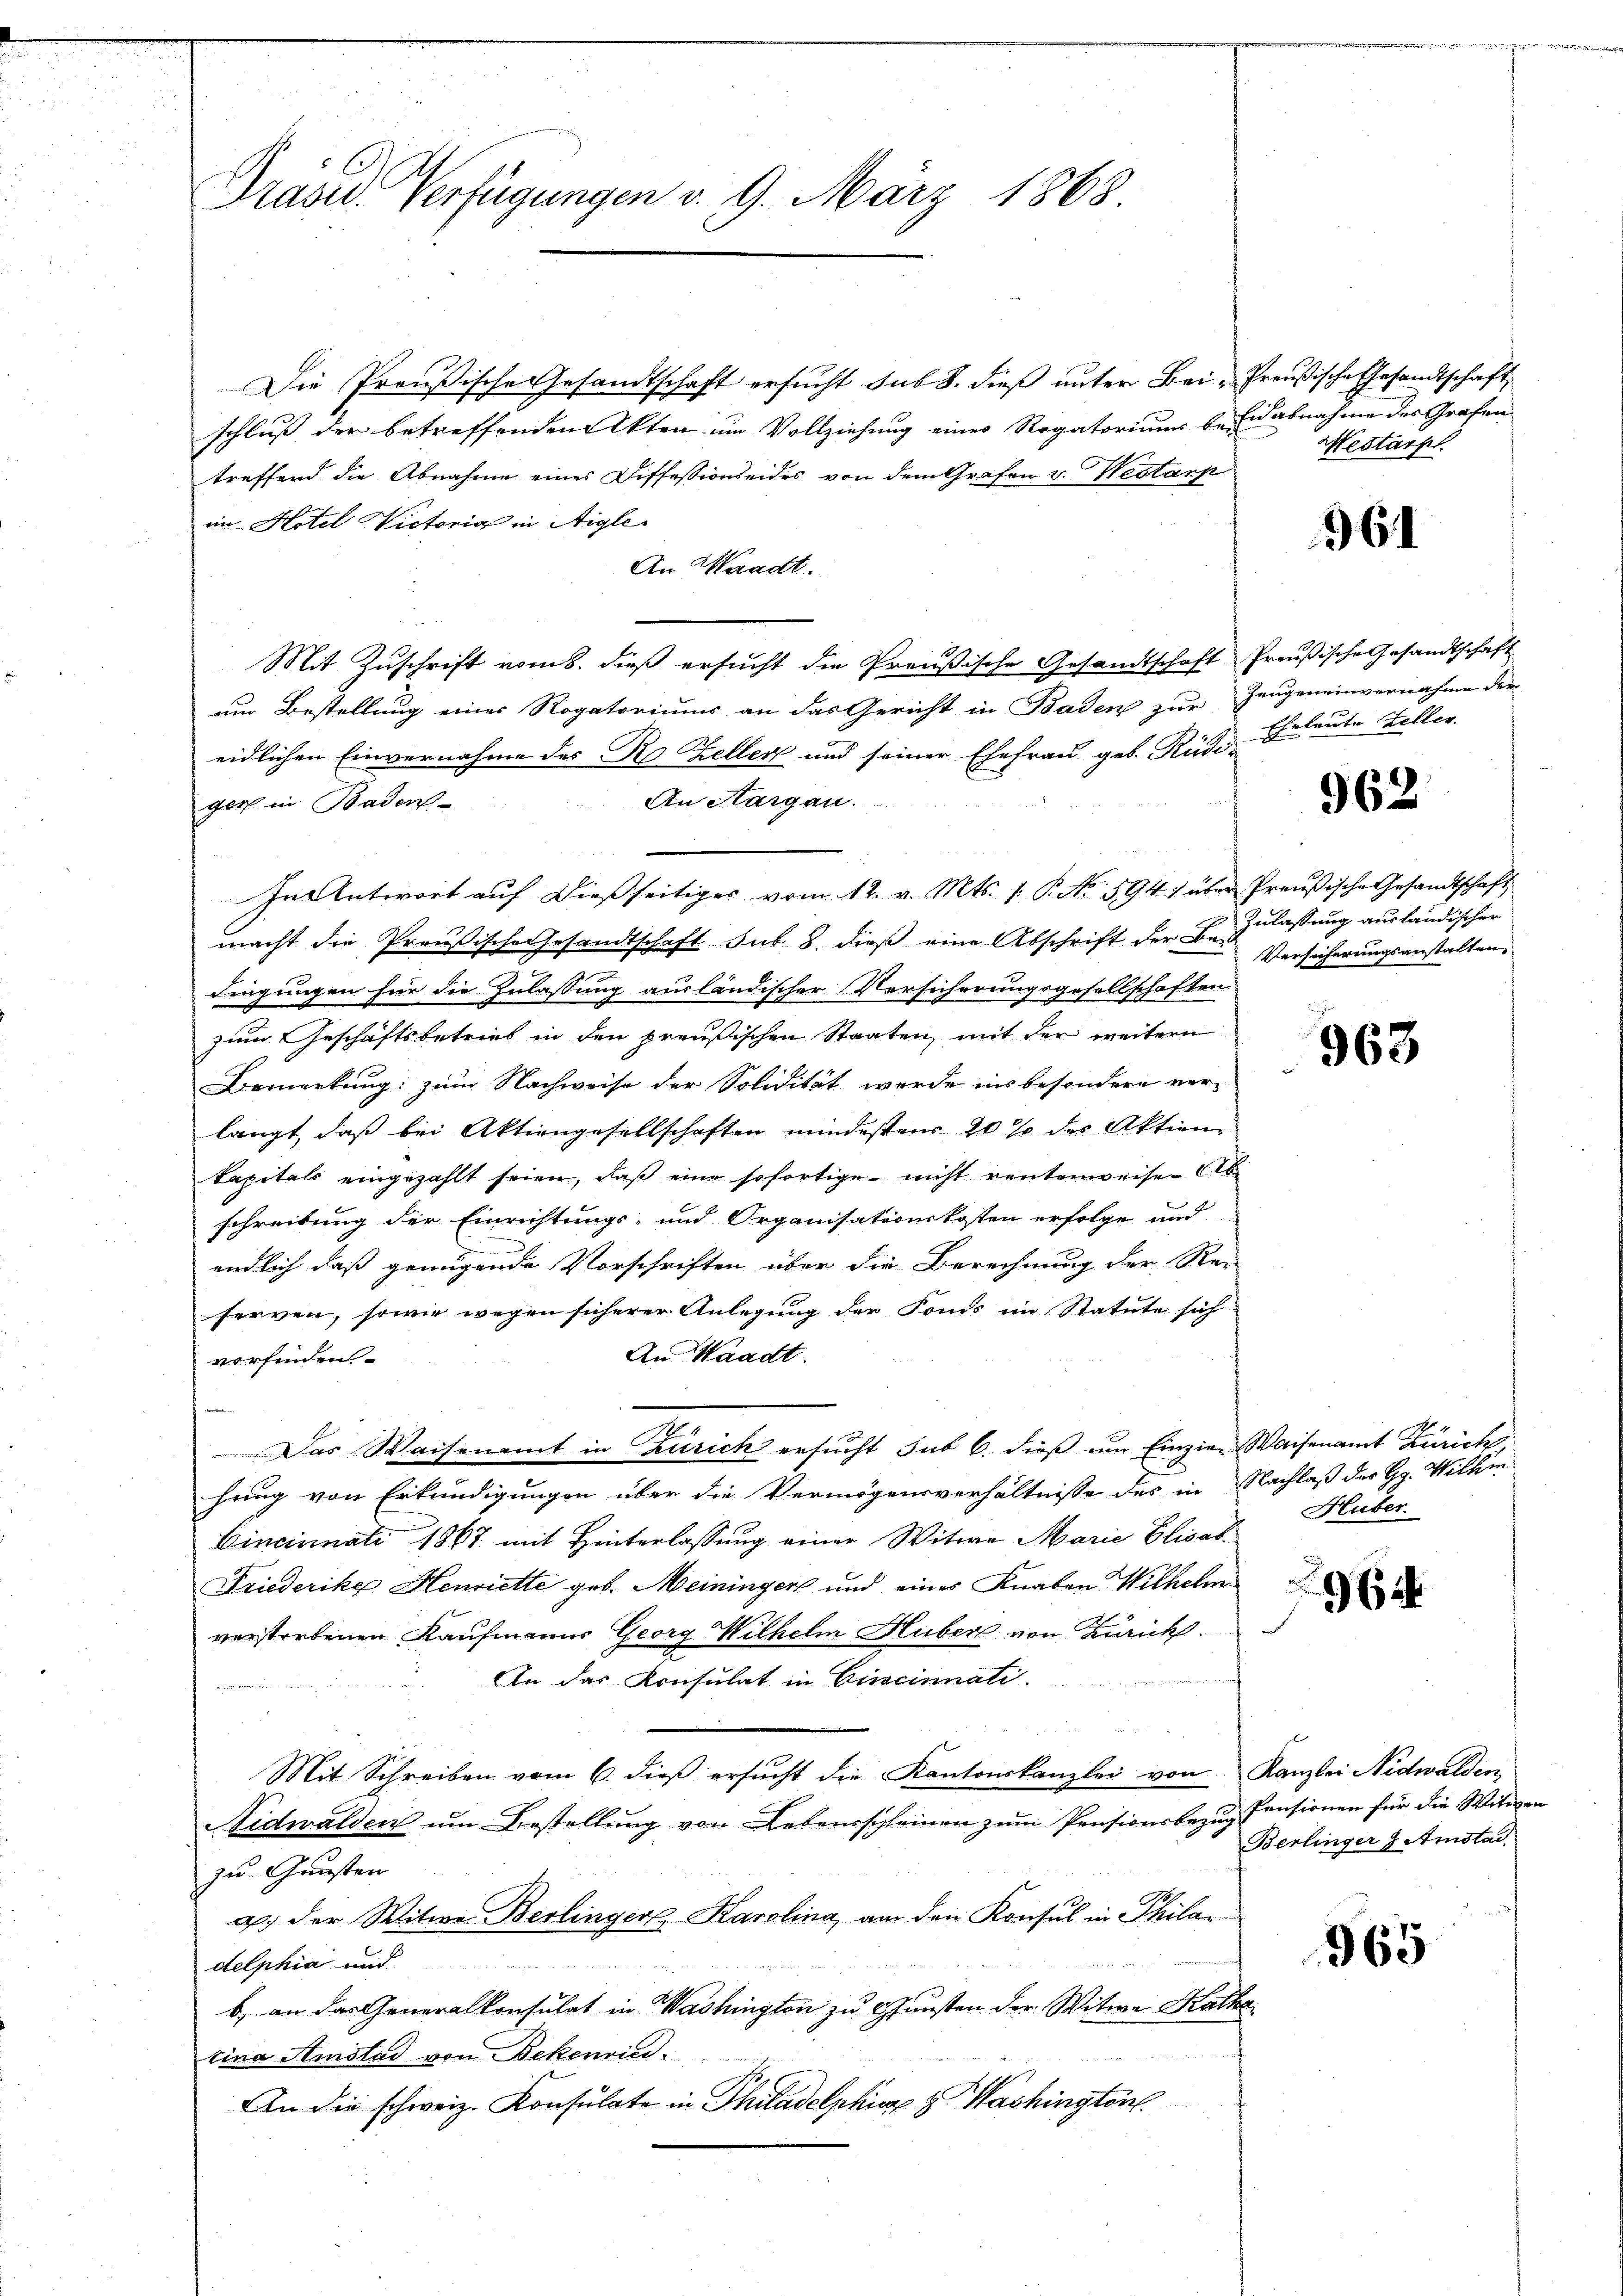
Prävid Verfügungen d. 9. März 1868.

Die Preußische Gesandtschaft ersucht sub 8. dieß unter Bei - Preußische Gesandtschaft
schluß der betreffenden Akten um Vollziehung eines Rogatoriums beidabnahme der Grafen
treffend die Abnahme eines Diffessionseides von dem Grafen v. Nestorp
im Hotel Victoria in Aigle
An Waadt.
Mit Zuschrift vom 8. dieß ersucht die Preußische Gesandtschaft Preußische Gesandtschaft
um Bestellung einer Rogatoriums an das Gericht in Baden zur Zeugeneinvernahme der
eidlichen Einvernahme des R. Zellen und seiner Ehefrau geb. Rüdi-
An Aargau.
gers in Baden
In Antwort auf dießseitiges vom 12. v. Mts. v. P. No 594) über Preußische Gesandtschaft
macht die Preußische Gesandtschaft sub. 8. dieß eine Abschrift der Bedingungen für die Zulassung ausländischer Versicherungsgesellschaften
zum Geschäftsbetrieb in den preußischen Staaten, mit der weitern
Bemerkung: zum Nachweise der Solidität werde ins besondere ver-
langt, daß bei Aktiengesellschaften mindestens 20 % des Aktien
kapitals eingezahlt seien, daß eine sofortige nicht rentenweisen Ab
schreibung der Einrichtungs- und Organisationskosten erfolge und
endlich daß genügende Vorschriften über die Berechnung der Re-
ferven, sowie wegen sicherer Anlegung der Fonds im Statute sich
An Waadt.
vorfinden
 wa
n
Das Waisenamt in Zürich ersucht sub 6. dieß um Einzier Waisenamt Zürich
hung von Erkundigungen über die Vermögensverhältnisse des in Nachlaß der H. Villm
Cincinati 1867 mit Hinterlassung einer Witwe Marie Elisat
Friederika Henriette geb. Meininger und eines Knaben Wilhelm
verstrebenen Kaufmanns Georg Wilhelm Huber von Zürich.
An das Konsulat in Cincinnati
Mit Schreiben vom 6. dieß ersucht die Kantonskanzlei von Kanzlei Nidwalden,
Aidwalden ŭm Bestellŭng von Lebensscheinen zŭm Pensionsbezŭg Pensionen für die Witwen
zu Gunsten
a der Witwe Berlinger Karolina, an den Konsul in Philadelphia und
b) an das Generalkonsulat in Washington zu Gunsten der Witwe Katha
tina Amstad von Bekenrind.
An die schweiz. Konsulate in Philadelphiae d. Washington

Mestarp

961

Eheleute Zeller.

962

Zulassung ausländischer
Versicherungsanstalten

i
963

Huber.

e

Berlinger & Amstad

965